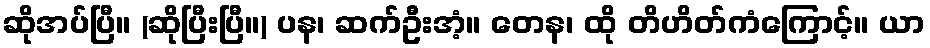
ဆိုအပ်ပြီ။ (ဆိုပြီးပြီ။) ပန၊ ဆက်ဦးအံ့။ တေန၊ ထို တိဟိတ်ကံကြောင့်။ ယာ